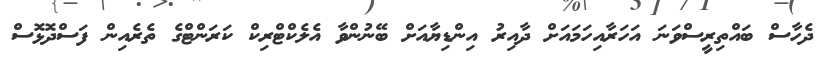
ދެހާސް ބައްތިރީސްވަނަ އަހަރާއިހަމައަށް ދާއިރު އިންޑިޔާއަށް ބޭނުންވާ އެލެކްޓްރިކް ކަރަންޓްގެ ތެރެއިން ފަސްދޮޅޮސް